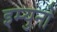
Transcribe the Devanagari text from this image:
इम्युनो